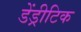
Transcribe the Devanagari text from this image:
डेंड्रीटिक